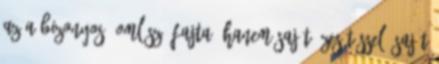
az a bizonyos "omlósz" fajta, hanem saját ízesítéssel, saját